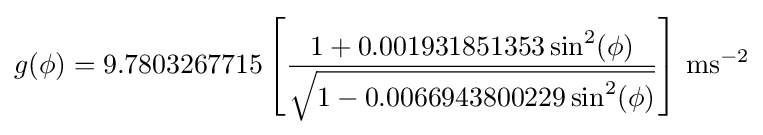
g(\phi )=9.7803267715\left[{\frac {1+0.001931851353\sin ^{2}(\phi )}{\sqrt {1-0.0066943800229\sin ^{2}(\phi )}}}\right]\,\mathrm {ms} ^{-2}